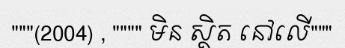
"""(2004) , """" មិន ស្ថិត នៅលើ"""